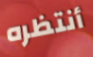
أنتظره